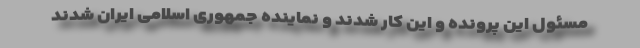
مسئول این پرونده و این کار شدند و نماینده جمهوری اسلامی ایران شدند